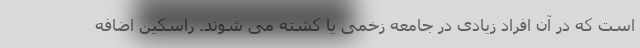
است که در آن افراد زیادی در جامعه زخمی یا کشته می شوند. راسکین اضافه